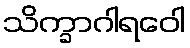
သိက္ခာဂါရဝေါ